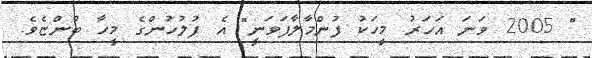
" 2005 ވަނަ އަހަރު މީހަކު ފުންމާލާފަވަނީ" އެ ފުލުހުންގެ މީހާ ބުންޏެވެ.